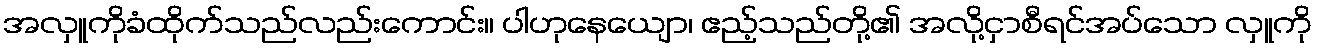
အလှူကိုခံထိုက်သည်လည်းကောင်း။ ပါဟုနေယျော၊ ဧည့်သည်တို့၏ အလို့ငှာစီရင်အပ်သော လှူကို